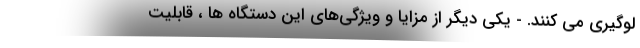
لوگیری می کنند. - یکی دیگر از مزایا و ویژگی‌های این دستگاه ها ، قابلیت